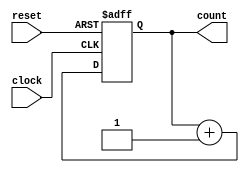
module binary_counter (
  input clock,
  input reset,
  output reg [3:0] count
);

always @ (posedge clock or posedge reset)
begin
  if (reset)
    count <= 4'b0000;
  else
    count <= count + 4'b0001;
end

endmodule